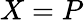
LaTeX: X=P